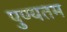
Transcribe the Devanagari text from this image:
पुण्यतम